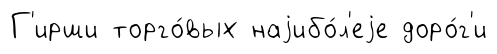
Г'ирши торго́вых наjибо́л'еjе доро́г'и